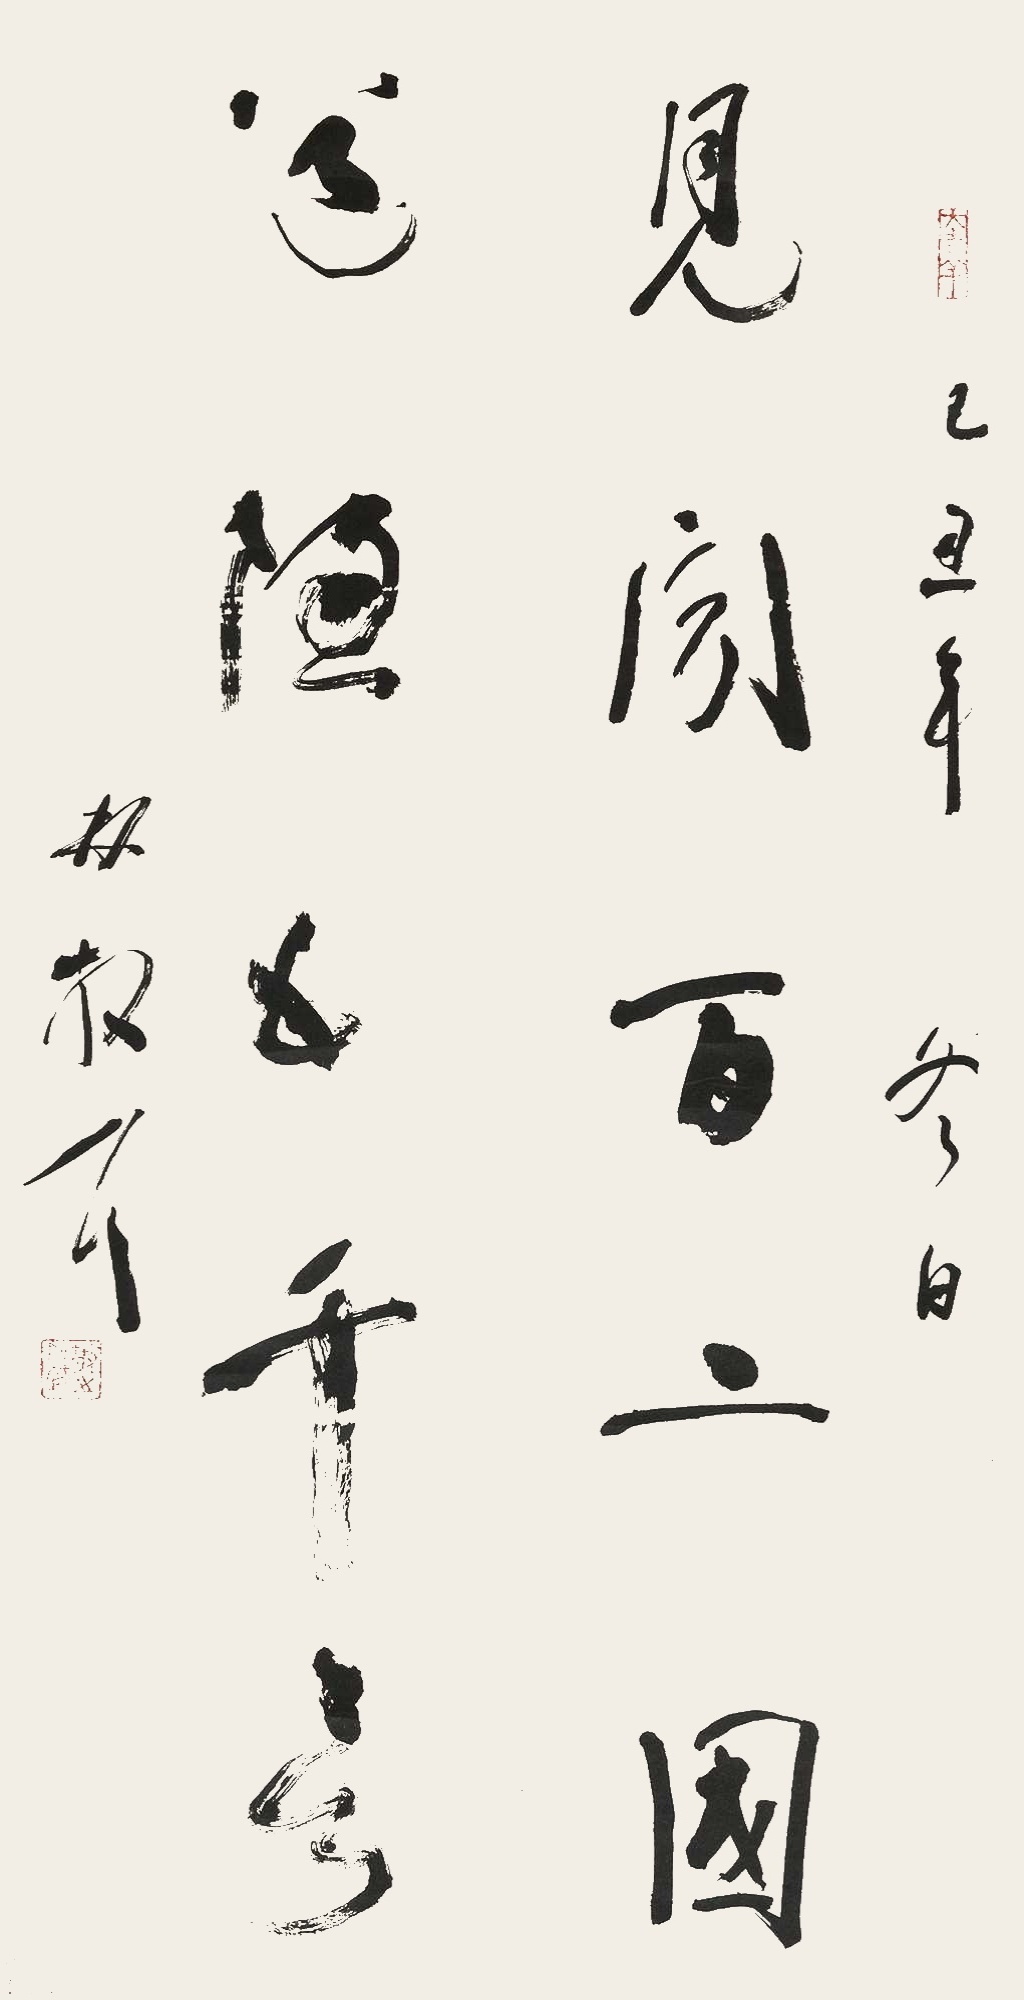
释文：见闻百二国，道德五千言。己丑年冬日，林散之。